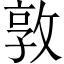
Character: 敦